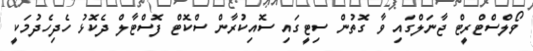
ވޯލްސްޓްރީޓް ޖާނަލްގައި ވާ ގޮތުން ސިޓީގައި ސޮއިކުރާން ސްކޮޓް ފޮސްޓާލް ދެކޮޅު ހެދިހެދުމަކީ